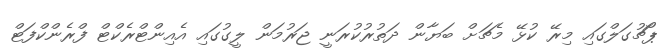
ޕޯޗުގަލްގައި މިރޭ ކުޅޭ މެޗަށް ބަޔާން ދަތުރުކުރަނީ ޖަރުމަން ލީގުގައި އެއިންޓްރެކްޓް ފްރެންކްފަޓް